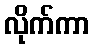
လိုက်ကာ